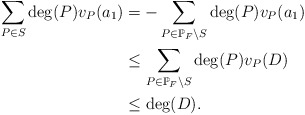
\begin{align*} \sum_{P \in S}\deg(P)v_P(a_1) &= - \sum_{P \in \mathbb{P}_F\setminus S} \deg(P)v_P(a_1) \\ &\leq \sum_{P \in \mathbb{P}_F\setminus S} \deg(P)v_P(D) \\ &\leq \deg(D). \end{align*}